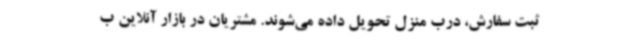
ثبت سفارش، درب منزل تحویل داده می‌شوند. مشتریان در بازار آنلاین ب